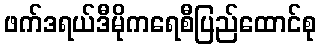
ဖက်ဒရယ်ဒီမိုကရေစီပြည်ထောင်စု